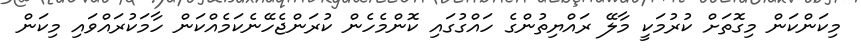
މިކަންކަން މިގޮތަށް ކުރުމަކީ މާލޭ ރައްޔިތުންގެ ހައްގުގައި ކޮންމެހެން ކުރަންޖެހޭނެކަމެއްކަން ހާމަކުރައްވައި މިކަން